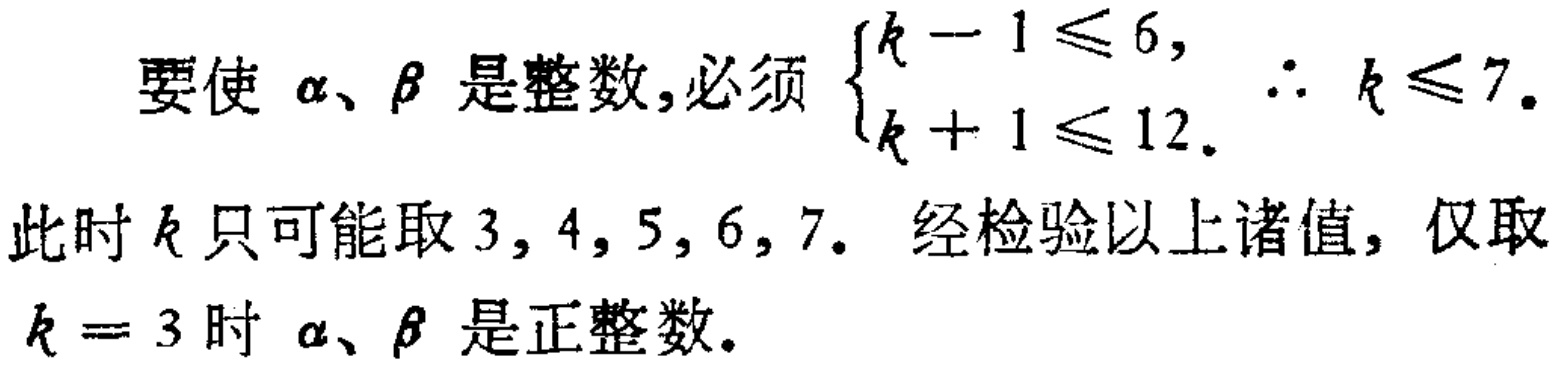
要使\(\alpha、\beta\) 是整数,必须 \(\begin{cases}k - 1 \leq 6,\\k + 1 \leq 12.\end{cases}\) \(\therefore k \leq 7\).
此时 \(k\) 只可能取 \(3,4,5,6,7\). 经检验以上诸值, 仅取
\(k = 3\) 时 \(\alpha、\beta\) 是正整数.